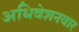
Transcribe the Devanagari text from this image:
अधिवेशनवार